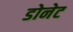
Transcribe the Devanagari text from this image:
डोनेट